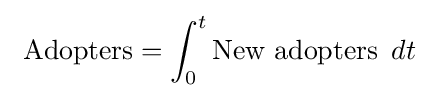
\ {\mbox{Adopters}}=\int _{0}^{t}{\mbox{New adopters }}\,dt